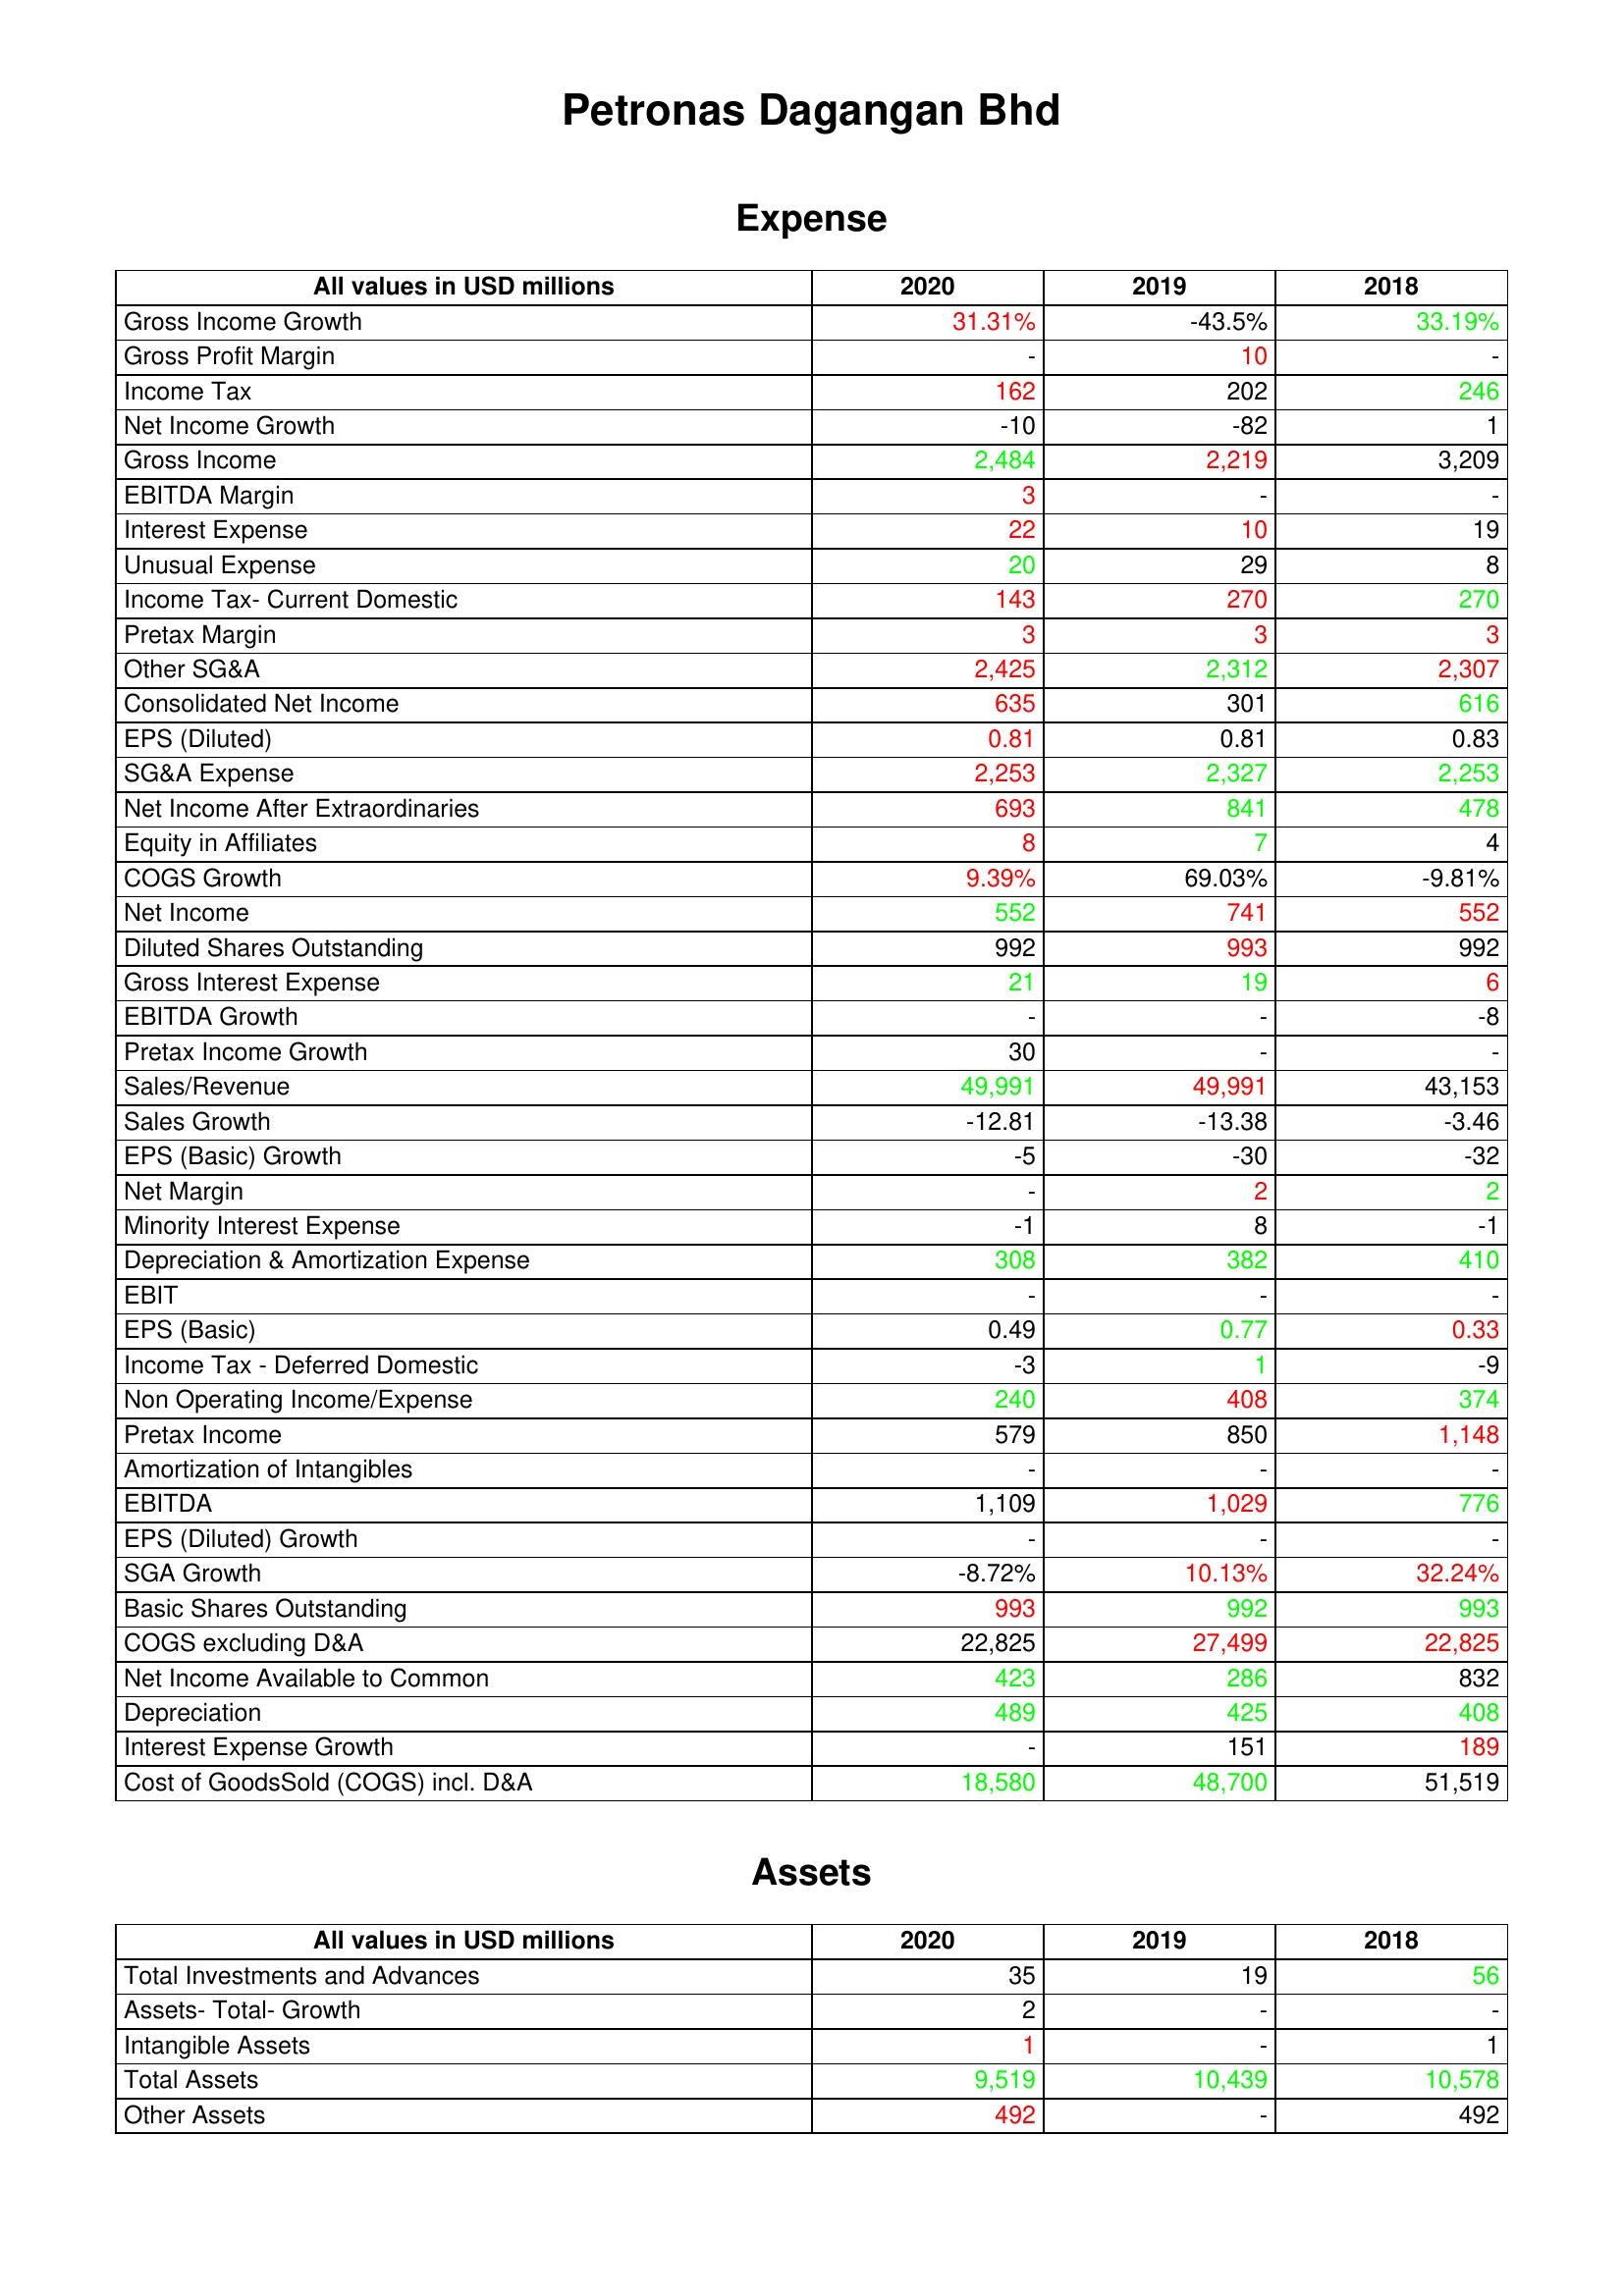
gt_parse: 2020: Expense: Gross Income Growth: 31.31%
Gross Profit Margin: -
Income Tax: 162
Net Income Growth: -10
Gross Income: 2,484
EBITDA Margin: 3
Interest Expense: 22
Unusual Expense: 20
Income Tax- Current Domestic: 143
Pretax Margin: 3
Other SG&A: 2,425
Consolidated Net Income: 635
EPS (Diluted): 0.81
SG&A Expense: 2,253
Net Income After Extraordinaries: 693
Equity in Affiliates: 8
COGS Growth: 9.39%
Net Income: 552
Diluted Shares Outstanding: 992
Gross Interest Expense: 21
EBITDA Growth: -
Pretax Income Growth: 30
Sales/Revenue: 49,991
Sales Growth: -12.81
EPS (Basic) Growth: -5
Net Margin: -
Minority Interest Expense: -1
Depreciation & Amortization Expense: 308
EBIT: -
EPS (Basic): 0.49
Income Tax - Deferred Domestic: -3
Non Operating Income/Expense: 240
Pretax Income: 579
Amortization of Intangibles: -
EBITDA: 1,109
EPS (Diluted) Growth: -
SGA Growth: -8.72%
Basic Shares Outstanding: 993
COGS excluding D&A: 22,825
Net Income Available to Common: 423
Depreciation: 489
Interest Expense Growth: -
Cost of GoodsSold (COGS) incl. D&A: 18,580
Assets: Total Investments and Advances: 35
Assets- Total- Growth: 2
Intangible Assets: 1
Total Assets: 9,519
Other Assets: 492
2019: Expense: Gross Income Growth: -43.5%
Gross Profit Margin: 10
Income Tax: 202
Net Income Growth: -82
Gross Income: 2,219
EBITDA Margin: -
Interest Expense: 10
Unusual Expense: 29
Income Tax- Current Domestic: 270
Pretax Margin: 3
Other SG&A: 2,312
Consolidated Net Income: 301
EPS (Diluted): 0.81
SG&A Expense: 2,327
Net Income After Extraordinaries: 841
Equity in Affiliates: 7
COGS Growth: 69.03%
Net Income: 741
Diluted Shares Outstanding: 993
Gross Interest Expense: 19
EBITDA Growth: -
Pretax Income Growth: -
Sales/Revenue: 49,991
Sales Growth: -13.38
EPS (Basic) Growth: -30
Net Margin: 2
Minority Interest Expense: 8
Depreciation & Amortization Expense: 382
EBIT: -
EPS (Basic): 0.77
Income Tax - Deferred Domestic: 1
Non Operating Income/Expense: 408
Pretax Income: 850
Amortization of Intangibles: -
EBITDA: 1,029
EPS (Diluted) Growth: -
SGA Growth: 10.13%
Basic Shares Outstanding: 992
COGS excluding D&A: 27,499
Net Income Available to Common: 286
Depreciation: 425
Interest Expense Growth: 151
Cost of GoodsSold (COGS) incl. D&A: 48,700
Assets: Total Investments and Advances: 19
Assets- Total- Growth: -
Intangible Assets: -
Total Assets: 10,439
Other Assets: -
2018: Expense: Gross Income Growth: 33.19%
Gross Profit Margin: -
Income Tax: 246
Net Income Growth: 1
Gross Income: 3,209
EBITDA Margin: -
Interest Expense: 19
Unusual Expense: 8
Income Tax- Current Domestic: 270
Pretax Margin: 3
Other SG&A: 2,307
Consolidated Net Income: 616
EPS (Diluted): 0.83
SG&A Expense: 2,253
Net Income After Extraordinaries: 478
Equity in Affiliates: 4
COGS Growth: -9.81%
Net Income: 552
Diluted Shares Outstanding: 992
Gross Interest Expense: 6
EBITDA Growth: -8
Pretax Income Growth: -
Sales/Revenue: 43,153
Sales Growth: -3.46
EPS (Basic) Growth: -32
Net Margin: 2
Minority Interest Expense: -1
Depreciation & Amortization Expense: 410
EBIT: -
EPS (Basic): 0.33
Income Tax - Deferred Domestic: -9
Non Operating Income/Expense: 374
Pretax Income: 1,148
Amortization of Intangibles: -
EBITDA: 776
EPS (Diluted) Growth: -
SGA Growth: 32.24%
Basic Shares Outstanding: 993
COGS excluding D&A: 22,825
Net Income Available to Common: 832
Depreciation: 408
Interest Expense Growth: 189
Cost of GoodsSold (COGS) incl. D&A: 51,519
Assets: Total Investments and Advances: 56
Assets- Total- Growth: -
Intangible Assets: 1
Total Assets: 10,578
Other Assets: 492